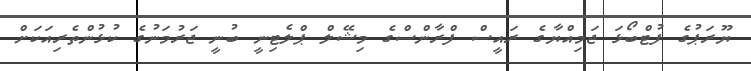
ޔޫރަޕުގެ ފުޓްބޯޅަ ޖަމިއްޔާގެ ރައީސް ފްރާންސްގެ މިޝޭލް ޕްލެޓިނީ ބުނީ ޖަރުމަނުގެ ކުޅުންތެރިއަކަށް